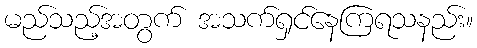
မည်သည့်အတွက် အသက်ရှင်နေကြရသနည်း။